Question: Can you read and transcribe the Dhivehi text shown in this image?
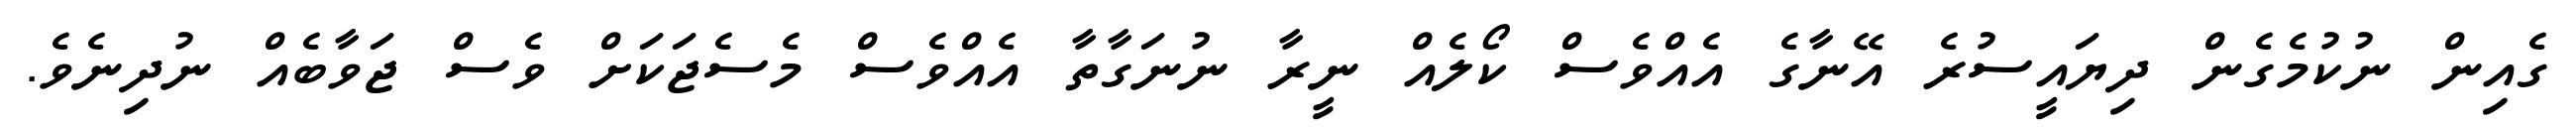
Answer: ގެއިން ނުކުމެގެން ދިޔައީސުރެ އޭނާގެ އެއްވެސް ކޯލެއް ނީރާ ނުނަގާތާ އެއްވެސް މެސެޖަކަށް ވެސް ޖަވާބެއް ނުދިނެވެ.